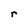
Character: r